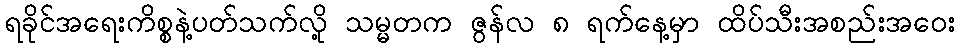
ရခိုင်အရေးကိစ္စနဲ့ပတ်သက်လို့ သမ္မတက ဇွန်လ ၈ ရက်နေ့မှာ ထိပ်သီးအစည်းအဝေး